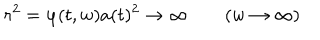
r ^ { 2 } = \varphi ( t , w ) a ( t ) ^ { 2 } \to \infty \qquad ( w \to \infty )